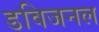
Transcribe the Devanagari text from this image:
डविजनल